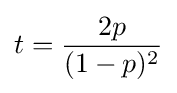
t={\frac {2p}{(1-p)^{2}}}